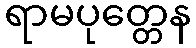
ရာမပုတ္တေန